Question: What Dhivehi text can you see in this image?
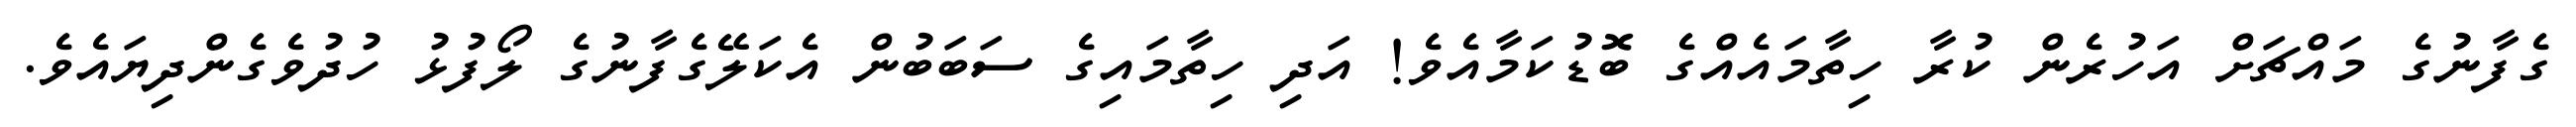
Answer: ގެފާނުގެ މައްޗަށް އަހުރެން ކުރާ ހިތާމައެއްގެ ބޮޑުކަމާއެވެ! އަދި ހިތާމައިގެ ސަބަބުން އެކަލޭގެފާނުގެ ލޯފުޅު ހުދުވެގެންދިޔައެވެ.